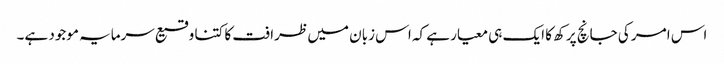
اس امر کی جانچ پرکھ کا ایک ہی معیار ہے کہ اس زبان میں ظرافت کا کتنا وقیع سرمایہ موجود ہے۔